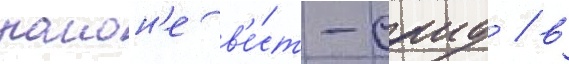
раион'е в'е́ст-саид / в